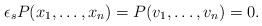
LaTeX: \begin{align*}\epsilon_sP(x_1, \ldots, x_n)=P(v_1, \ldots, v_n)=0.\end{align*}